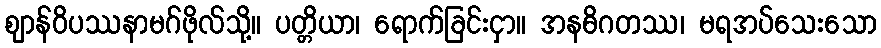
ဈာန်ဝိပဿနာမဂ်ဖိုလ်သို့။ ပတ္တိယာ၊ ရောက်ခြင်းငှာ။ အနဓိဂတဿ၊ မရအပ်သေးသော